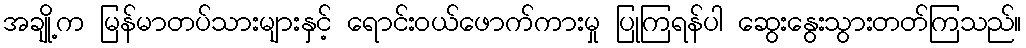
အချို့က မြန်မာတပ်သားများနှင့် ရောင်းဝယ်ဖောက်ကားမှု ပြုကြရန်ပါ ဆွေးနွေးသွားတတ်ကြသည်။